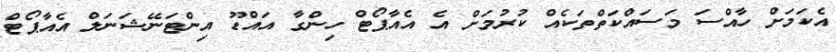
އެކަމަށް ހާއްސަ މަސައްކަތްތަކެއް ކުރުމަށް އެ އެއާޕޯޓް ހިންގާ އައްޑޫ އިންޓަނޭޝަނަލް އެއާޕޯޓް